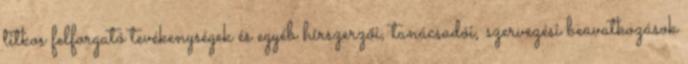
titkos felforgató tevékenységek és egyéb hírszerzői, tanácsadói, szervezési beavatkozások